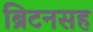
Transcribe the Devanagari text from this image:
ब्रिटनसह